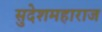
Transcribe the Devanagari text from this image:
सुदेशमहाराज